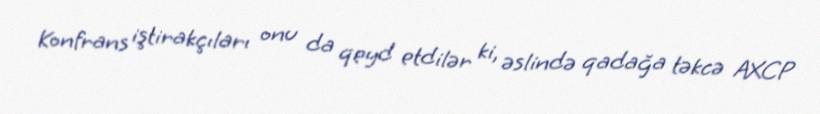
Konfrans iştirakçıları onu da qeyd etdilər ki, əslində qadağa təkcə AXCP